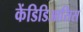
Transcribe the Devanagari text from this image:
केंडिडिआसिस